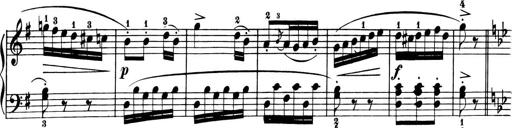
Title: 6 Piano Sonatinas
Composer: Cornelius Gurlitt